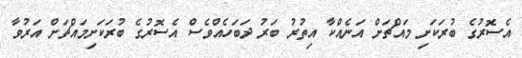
އެސޮރުގެ ބުރަކަށި މައްޗަށް އަނެއްކާ އިތުރު ބަރު ދަބަހެއްވެސް އެސޮރުގެ ބުރަކަށިމައްޗަށް އަރުވާ